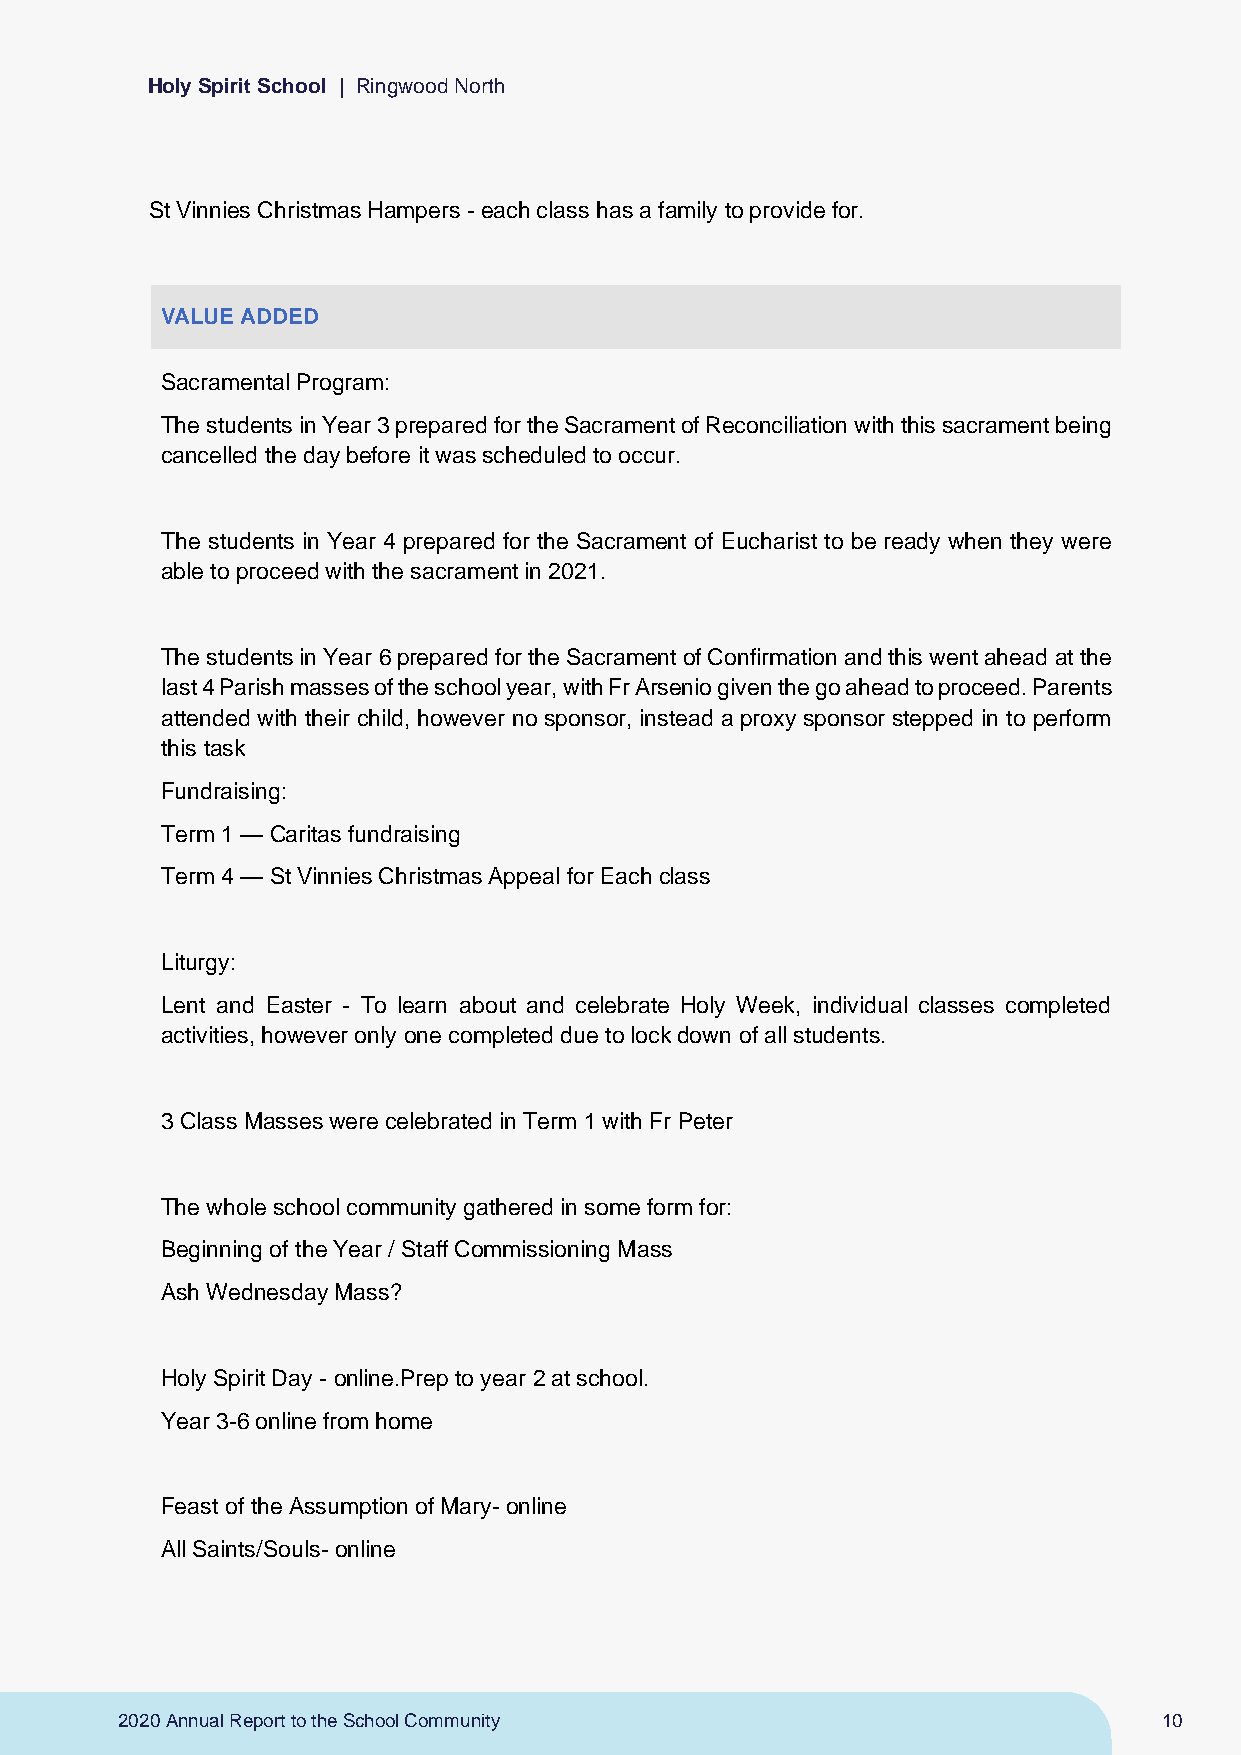
Holy Spirit School | Ringwood North
 St Vinnies Christmas Hampers - each class has a family to provide for.
 VALUE ADDED
 Sacramental Program:
 The students in Year 3 prepared for the Sacrament of Reconciliation with this sacrament being
 cancelled the day before it was scheduled to occur.
 The students in Year 4 prepared for the Sacrament of Eucharist to be ready when they were
 able to proceed with the sacrament in 2021.
 The students in Year 6 prepared for the Sacrament of Confirmation and this went ahead at the
 last 4 Parish masses of the school year, with Fr Arsenio given the go ahead to proceed. Parents
 attended with their child, however no sponsor, instead a proxy sponsor stepped in to perform
 this task
 Fundraising:
 Term 1 — Caritas fundraising
 Term 4 — St Vinnies Christmas Appeal for Each class
 Liturgy:
 Lent and Easter - To learn about and celebrate Holy Week, individual classes completed
 activities, however only one completed due to lock down of all students.
 3 Class Masses were celebrated in Term 1 with Fr Peter
 The whole school community gathered in some form for:
 Beginning of the Year / Staff Commissioning Mass
 Ash Wednesday Mass?
 Holy Spirit Day - online.Prep to year 2 at school.
 Year 3-6 online from home
 Feast of the Assumption of Mary- online
 All Saints/Souls- online
 2020 Annual Report to the School Community                           10